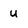
Character: U